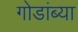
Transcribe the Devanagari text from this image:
गोडांब्या